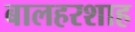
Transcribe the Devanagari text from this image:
बालहरशाह